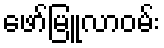
ဖော်မြူလာဝမ်း